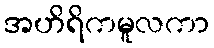
အဟိရိကမူလကာ